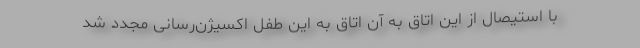
با استیصال از این اتاق به آن اتاق به این طفل اکسیژن‌رسانی مجدد شد